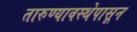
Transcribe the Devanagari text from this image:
तारुण्यावस्थेपासून